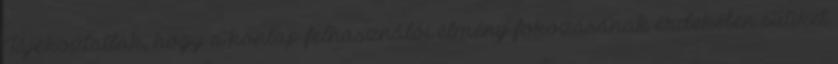
Tájékoztatlak, hogy a honlap felhasználói élmény fokozásának érdekében sütiket